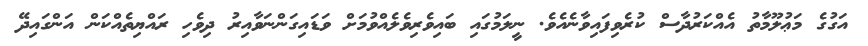
އަގުގެ މަޢުލޫމާތު އެއްކަރުދާސް ކުރެވިފައިވާނެއެވެ. ނީލަމުގައި ބައިވެރިވެލެއްވުމަށް ވަޑައިގަންނަވާއިރު ދިވެހި ރައްޔިތެއްކަން އަންގައިދޭ